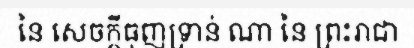
នៃ សេចក្តីធុញទ្រាន់ ណា នៃ ព្រះរាជា